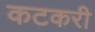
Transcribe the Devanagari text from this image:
कटकरी